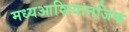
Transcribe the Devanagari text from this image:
मध्यआशियानजिक